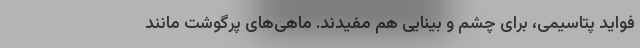
فواید پتاسیمی، برای چشم و بینایی هم مفیدند. ماهی‌های پرگوشت مانند